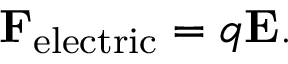
\mathbf { F } _ { \mathrm { e l e c t r i c } } = q \mathbf { E } .